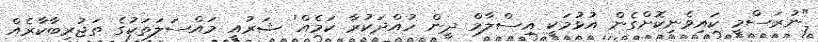
"ނުރަސްމީ ކައިވެނިކޮށްގެން އުޅުމަކީ އިސްލާމް ދީން ހުއްދަކުރާ ކަމެއް' ޝަރުއީ މައްސަލަތަކުގެ ތަޖުރިބާކާރެއް